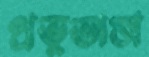
প্রভুভাষা